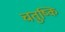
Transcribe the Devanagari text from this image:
चतुष्कि